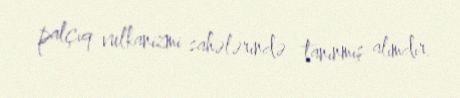
palçıq vulkanizmi sahələrində tanınmış alimdir.